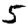
Digit: 5